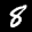
Label: 8